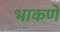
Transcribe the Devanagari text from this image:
भाकणे